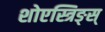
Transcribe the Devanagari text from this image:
शोएस्त्रिङ्स्